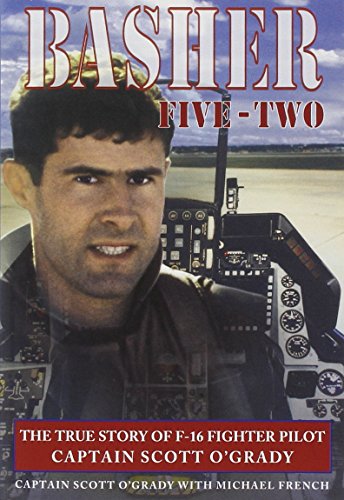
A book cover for Basher Five-Two: The True Story of F-16 Fighter Pilot Captain Scott O'Grady; Scott O'Grady; Children's Books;